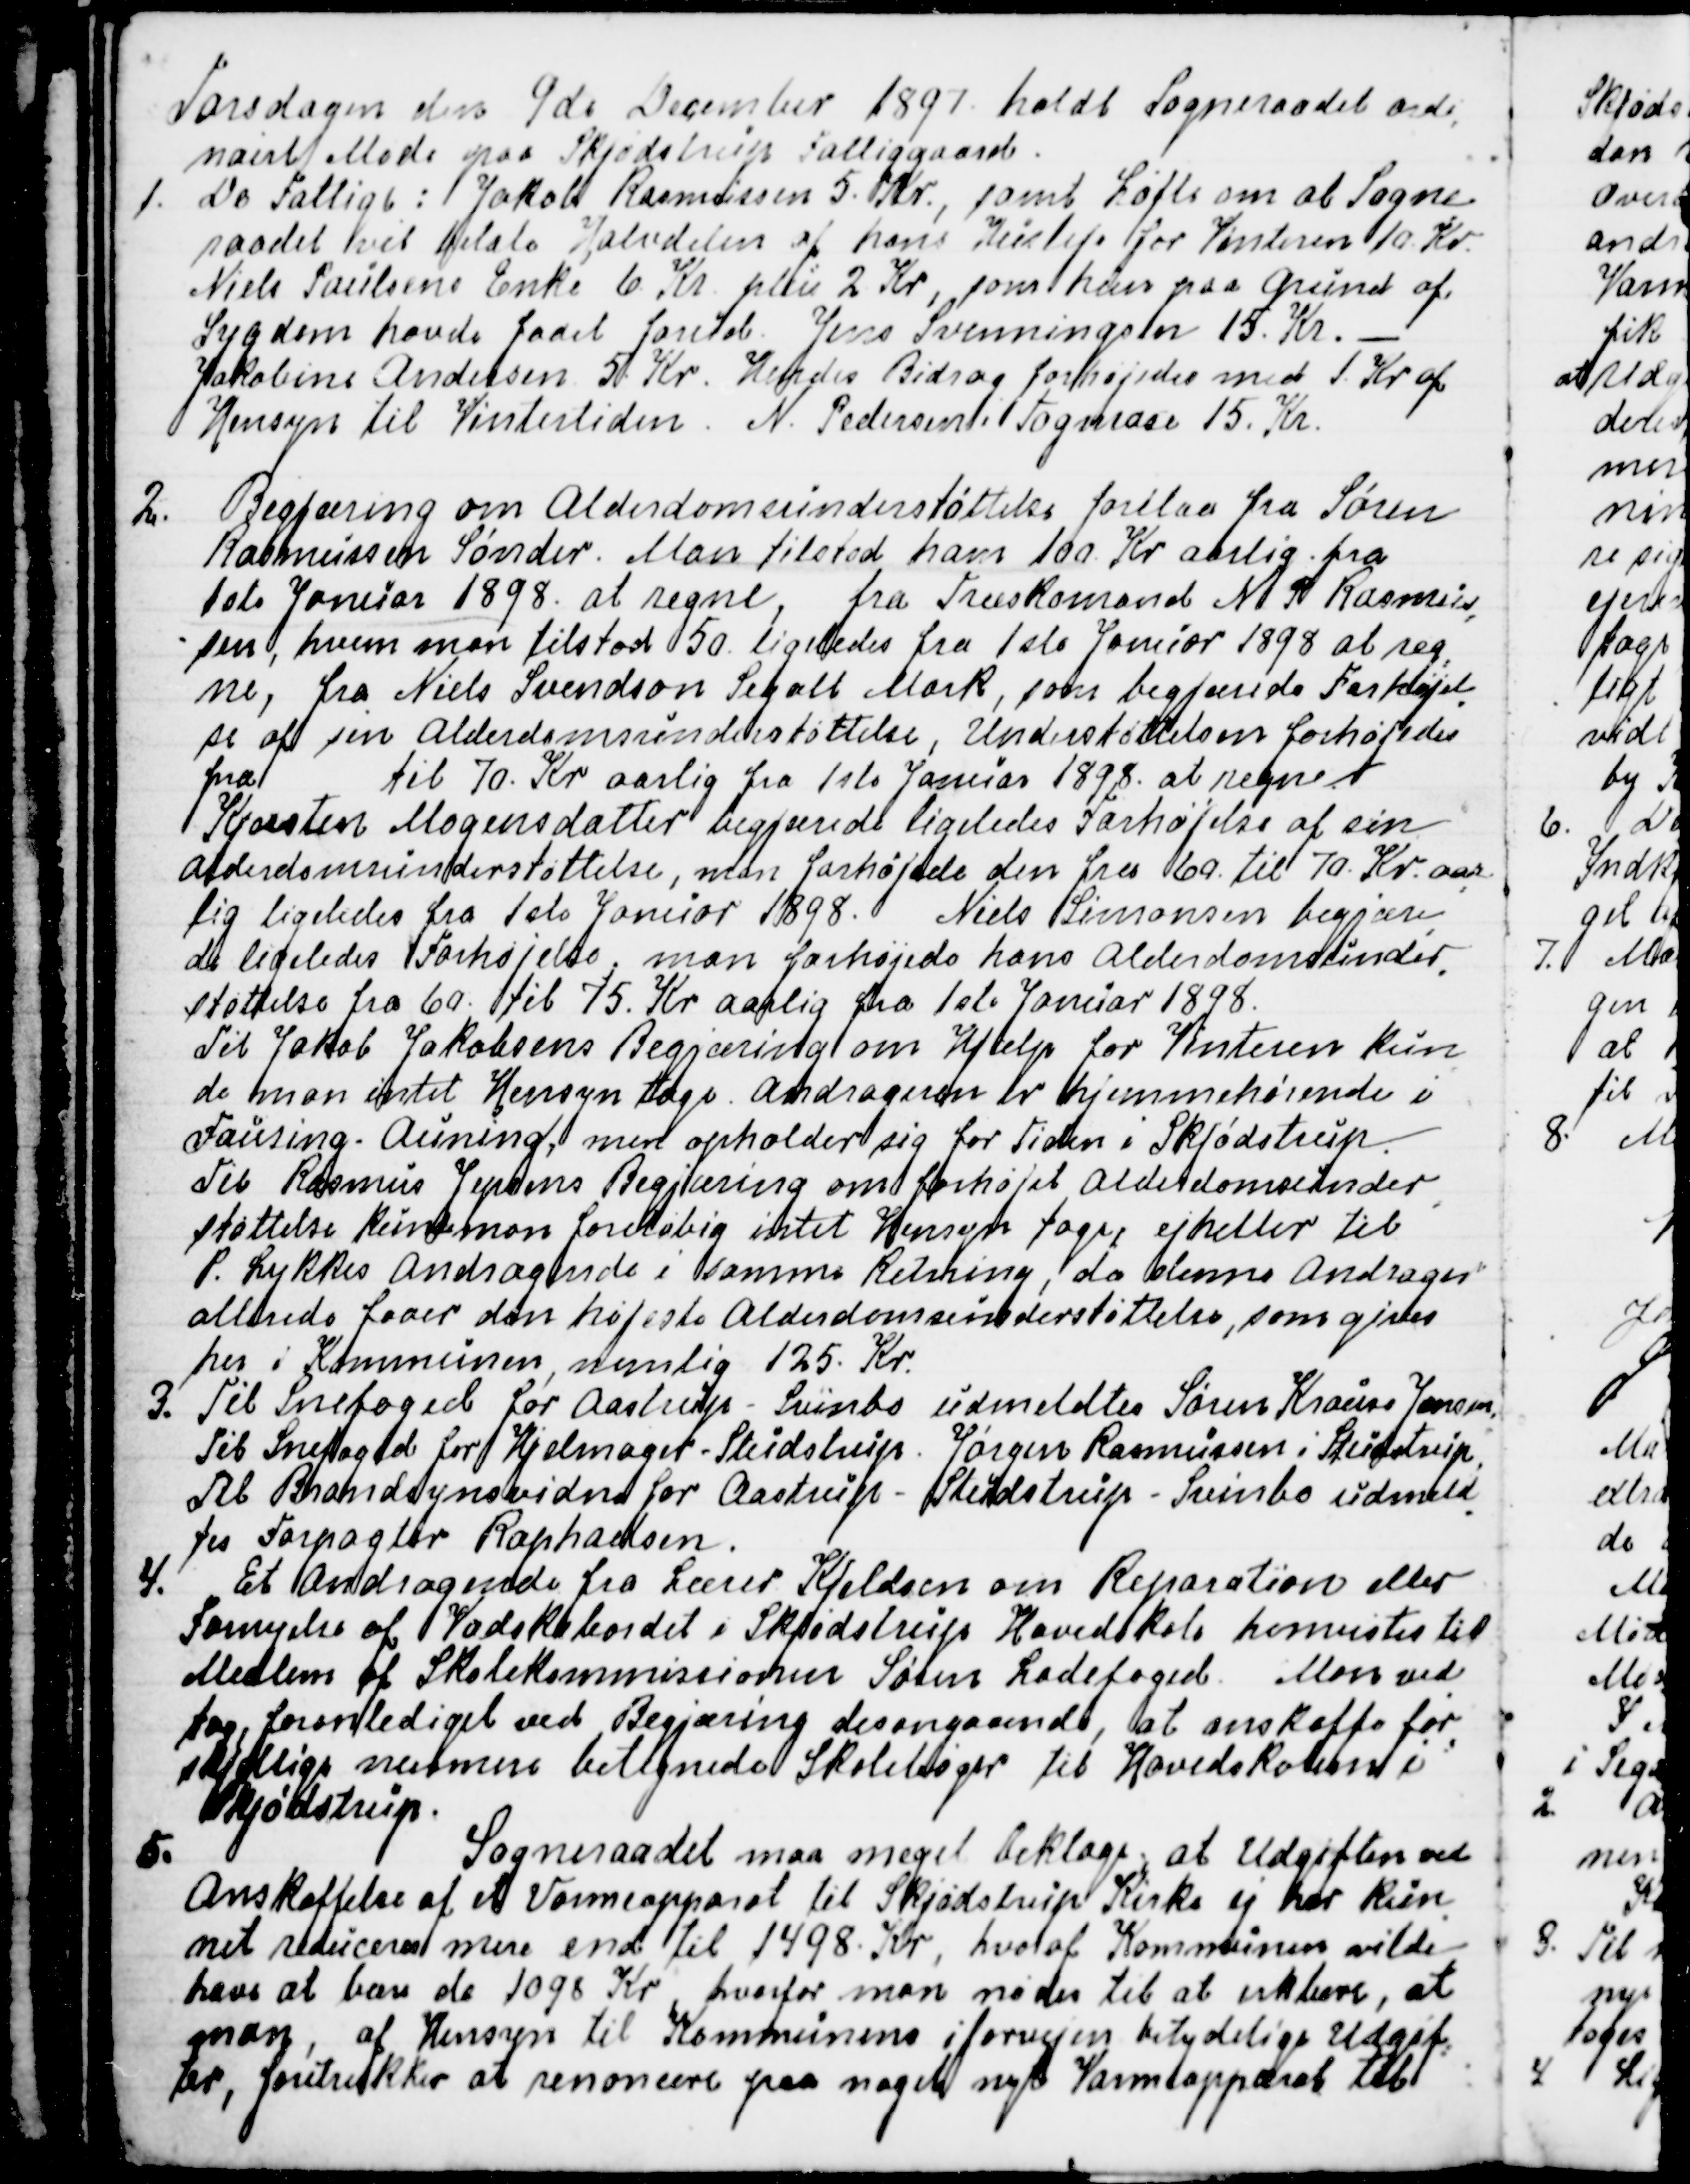
Transskription:
Torsdagen den 9de December 1897 holdt Sogneraadet ordi
=
nairt Møde paa Skjødstrup Fattiggaard.
1. De Fattige: Jakob Rasmussen 5. Kr., samt Løfte om at Sogne
=
raadet vil betale Halvdelen af hans Husleje for Vinteren 10. Kr.
Niels Poulsens Enke 6 Kr. plus 2 Kr., som hun paa Grund af
Sygdom havde faaet forud. Jens Svenningsen 15. Kr. 
Jakobine Andersen 5 Kr. Hendes Bidrag forhøjedes med 1. Kr af
Hensyn til Vintertiden. N. Pedersen i Tagmose 15. Kr.
2. Begjæring om Alderdomsunderstøttelse forelaa fra Søren
Rasmussen Sønder. Man tilstod ham 100 Kr aarlig fra
1ste Januar 1898. at regne, fra Træskomand N. P. Rasmus
=
sen, hvem man tilstod 50. ligeledes fra 1ste Januar 1898 at reg
=
ne, fra Niels Svendson Segalt Mark, som begjærede Forhøjel
=
se af sin Alderdomsunderstøttelse, Understøttelsen forhøjedes
fra  til 70. Kr aarlig fra 1ste Januar 1898. at regne.
Kjersten Mogensdatter begjærede ligeledes Forhøjelse af sin
Alderdomsunderstøttelse, man forhøjede den fra 60. til 70. Kr. aar
=
lig ligeledes fra 1ste Januar 1898. Niels Rasmussen begjære
=
de ligeledes Forhøjelse, man forhøjede hans Alderdomsunder
=
støttelse fra 60. til 75. Kr. aarlig fra 1ste Januar 1898.
Til Jakob Jakobsens Begjæring om Hjælp for Vinteren kun
=
de man intet Hensyn tage. Andrageren er hjemmehørende i
Fausing - Auning, men opholder sig for Tiden i Skjødstrup.
Til Rasmus Jepsens Begjæring om forhøjet Alderdomsunder
=
støttelse kunde man foreløbig intet Hensyn tage, ejheller til
P. Lykkes Andragende i samme Retning, da denne Andrager
allerede faaer den højeste Alderdomsunderstøttelse, som gives
her i Kommunen, nemlig 125 Kr.
3. Til Snefoged for Aastrup - Svinbo udmeldtes Søren Krause Jensen.
Til Snefoged for Hjelmager - Studstrup  Jørgen Rasmussen i Studstrup,
Til Brandsynsvidne for Aastrup - Studstrup - Svinbo udmeld
=
tes Forpagter Raphaelsen.
4. Et Andragende fra Lærer Kjeldsen om Reparation eller
Fornyelse af Vadskebordet i Skjødstrup Hovedskole henvistes til
Medlem af Skolekommissionen Søren Ladefoged. Man ved
=
tog, foranlediget ved Begjæring desangaaende, at anskaffe for
=
skjellige nærmere betegnede Skolebøger til Hovedskolen i
Skjødstrup.
5.
Sogneraadet maa meget beklage, at Udgiften ved
Anskaffelse af et Varmeapparat til Skjødstrup Kirke ej har kun
=
net reduceres mere end til 1498. Kr., hvoraf Kommunen vilde
have at bære de 1098 Kr, hvorfor man nødes til at erklære, at
man, af Hensyn til Kommunens i forvejen betydelige Udgif
=
ter, foretrækker at renoncere paa noget nyt Varmeapparat til